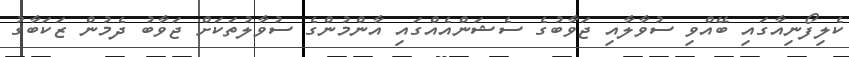
ކެލިފޯނިއާގައި ބޭއްވި ސުވާލާއި ޖަވާބުގެ ސެޝަންއެއްގައި އާންމުންގެ ސުވާލުތަކަށް ޖަވާބު ދެމުން ޒަކަބާގު